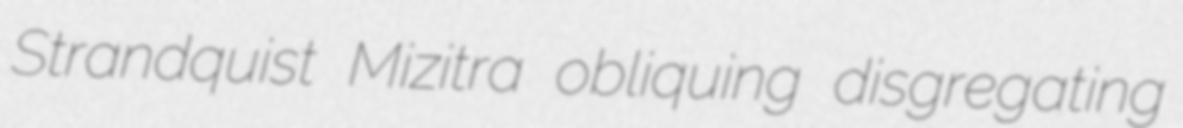
Strandquist Mizitra obliquing disgregating